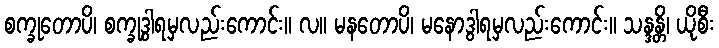
စက္ခုတောပိ၊ စက္ခုဒွါရမှလည်းကောင်း။ လ။ မနတောပိ၊ မနောဒွါရမှလည်းကောင်း။ သန္ဒန္တိ၊ ယိုစီး